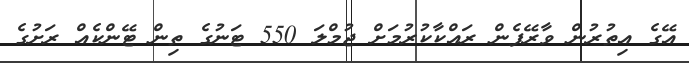
އޭގެ އިތުރުން ވާރޭފެން ރައްކާކުރުމަށް ޖުމްލަ 550 ޓަނުގެ ތިން ޓޭންކެއް ރަށުގެ